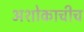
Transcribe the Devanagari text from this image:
अशोकाचीच